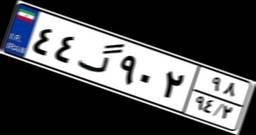
۵۴گ۶۷۷۷۵